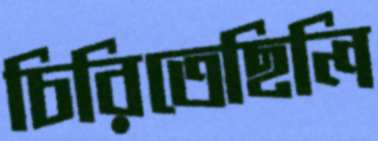
চিরিতেছিলি